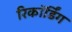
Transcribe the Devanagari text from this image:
रिकाॅर्डिंग